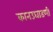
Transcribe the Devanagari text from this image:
कानउघाडणी